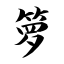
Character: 箩